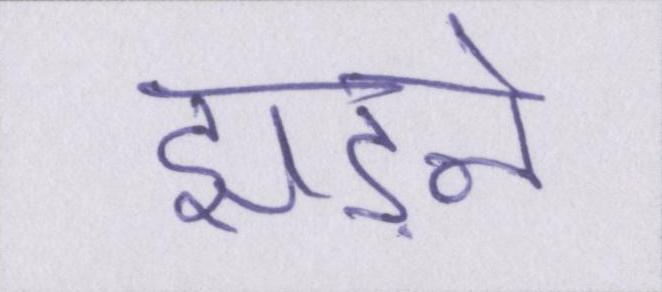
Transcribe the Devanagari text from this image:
झड़ने